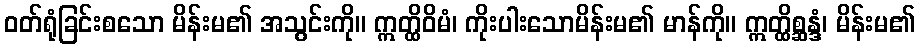
ဝတ်ရုံခြင်းစသော မိန်းမ၏ အသွင်းကို။ ဣတ္ထိဝိမံ၊ ကိုးပါးသောမိန်းမ၏ မာန်ကို။ ဣတ္ထိစ္ဆန္ဒံ၊ မိန်းမ၏